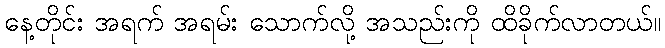
နေ့တိုင်း အရက် အရမ်း သောက်လို့ အသည်းကို ထိခိုက်လာတယ်။